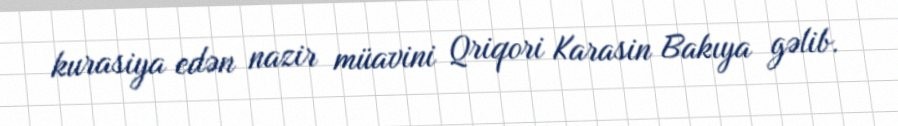
kurasiya edən nazir müavini Qriqori Karasin Bakıya gəlib.